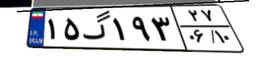
۱۵گ۱۹۳۲۷